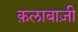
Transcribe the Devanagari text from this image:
क़लाबाज़ी